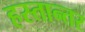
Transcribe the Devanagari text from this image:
हस्तान्तर